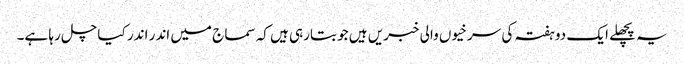
یہ پچھلے ایک دو ہفتہ کی سرخیوں والی خبریں ہیں جو بتارہی ہیں کہ سماج میں اندر اندر کیا چل رہا ہے۔